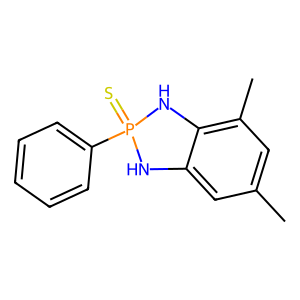
SMILES: Cc1cc(C)c2c(c1)NP(=S)(c1ccccc1)N2
Inhibits HIV replication: No